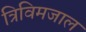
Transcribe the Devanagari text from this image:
त्रिविमजाल